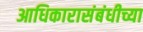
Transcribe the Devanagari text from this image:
आधिकारासंबंधीच्या